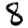
Digit: 8